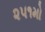
૨૫૧મો